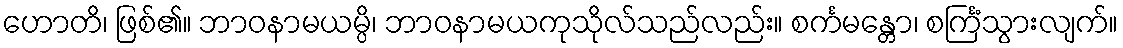
ဟောတိ၊ ဖြစ်၏။ ဘာဝနာမယမ္ပိ၊ ဘာဝနာမယကုသိုလ်သည်လည်း။ စင်္ကမန္တော၊ စင်္ကြံသွားလျက်။